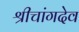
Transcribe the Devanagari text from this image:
श्रीचांगदेव